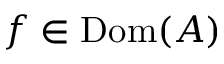
f \in \operatorname { D o m } ( A )